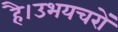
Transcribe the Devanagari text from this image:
है।उभयचरों